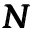
\pmb { N }